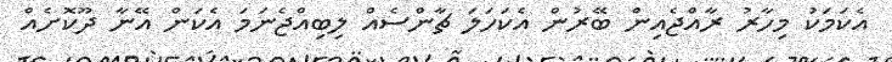
އެކަމަކު މިހާރު ރާއްޖެއިން ބޭރުން އެކަހަލަ ޗާންސެއް ލިބިއްޖެނަމަ އެކަން އޭނާ ދޫކޮށެއް